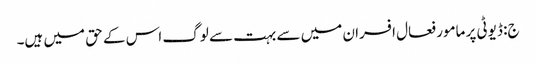
ج: ڈیوٹی پر مامور فعال افسران میں سے بہت سے لوگ اس کے حق میں ہیں۔